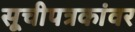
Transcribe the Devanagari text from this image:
सूचीपत्रकांवर